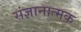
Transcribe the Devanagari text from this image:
संज्ञानात्‍मक